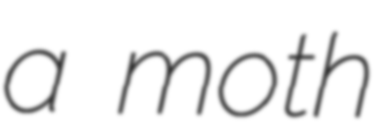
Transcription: a moth